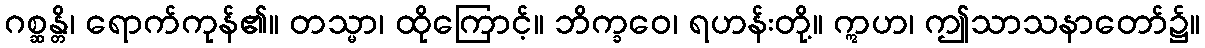
ဂစ္ဆန္တိ၊ ရောက်ကုန်၏။ တသ္မာ၊ ထိုကြောင့်။ ဘိက္ခဝေ၊ ရဟန်းတို့။ ဣဟ၊ ဤသာသနာတော်၌။